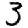
Digit: 3